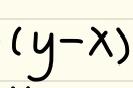
$(y - x)$